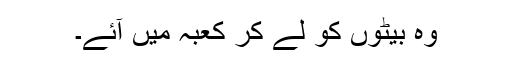
وہ بیٹوں کو لے کر کعبہ میں آئے۔